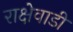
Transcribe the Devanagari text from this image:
राक्षेवाडी